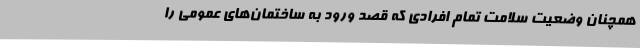
همچنان وضعیت سلامت تمام افرادی که قصد ورود به ساختمان‌های عمومی را